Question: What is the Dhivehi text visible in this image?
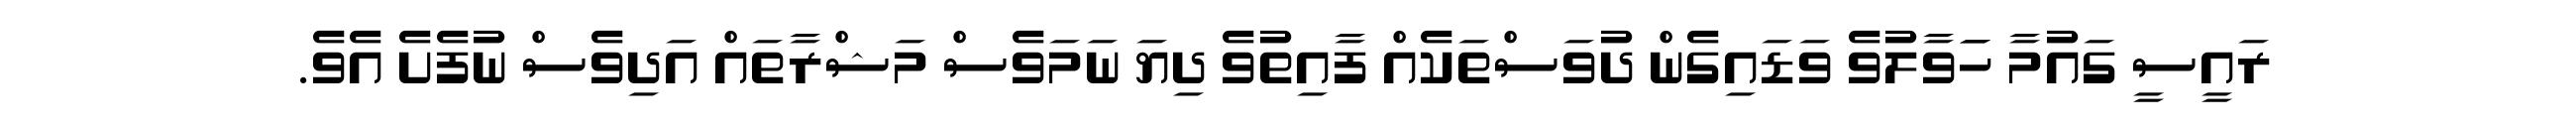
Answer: ރައީސީ ގައުމާ ހަަވާލުވެ ވަޑައިގެން ދުވަސްތަކެއް ފާއިތުވެ ދިޔަ ނަމަވެސް މަޝްރާތައް އަދިވެސް ނުފެށެ އެވެ.